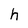
Character: h